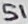
Text: S1